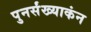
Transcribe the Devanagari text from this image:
पुनर्संख्याकंन